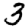
Digit: 3